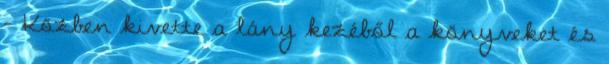
- Közben kivette a lány kezéből a könyveket és